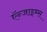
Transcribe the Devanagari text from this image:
ऍन्जाइम्स